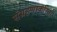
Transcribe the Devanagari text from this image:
संग्रहणाकरिता